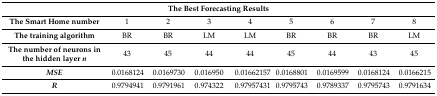
<table><thead><tr><td colspan="9"><b>The Best Forecasting Results</b></td></tr></thead><tbody><tr><td><b>The Smart Home number</b></td><td>1</td><td>2</td><td>3</td><td>4</td><td>5</td><td>6</td><td>7</td><td>8</td></tr><tr><td><b>The training algorithm</b></td><td>BR</td><td>BR</td><td>LM</td><td>LM</td><td>BR</td><td>BR</td><td>BR</td><td>LM</td></tr><tr><td><b>The number of neurons in the hidden layer <i>n</i></b></td><td>43</td><td>45</td><td>44</td><td>44</td><td>45</td><td>44</td><td>43</td><td>45</td></tr><tr><td><b><i>MSE</i></b></td><td>0.0168124</td><td>0.0169730</td><td>0.016950</td><td>0.01662157</td><td>0.0168801</td><td>0.0169599</td><td>0.0168124</td><td>0.0166215</td></tr><tr><td><b><i>R</i></b></td><td>0.9794941</td><td>0.9791961</td><td>0.974322</td><td>0.97957431</td><td>0.9795743</td><td>0.9789337</td><td>0.9795743</td><td>0.9791634</td></tr></tbody></table>